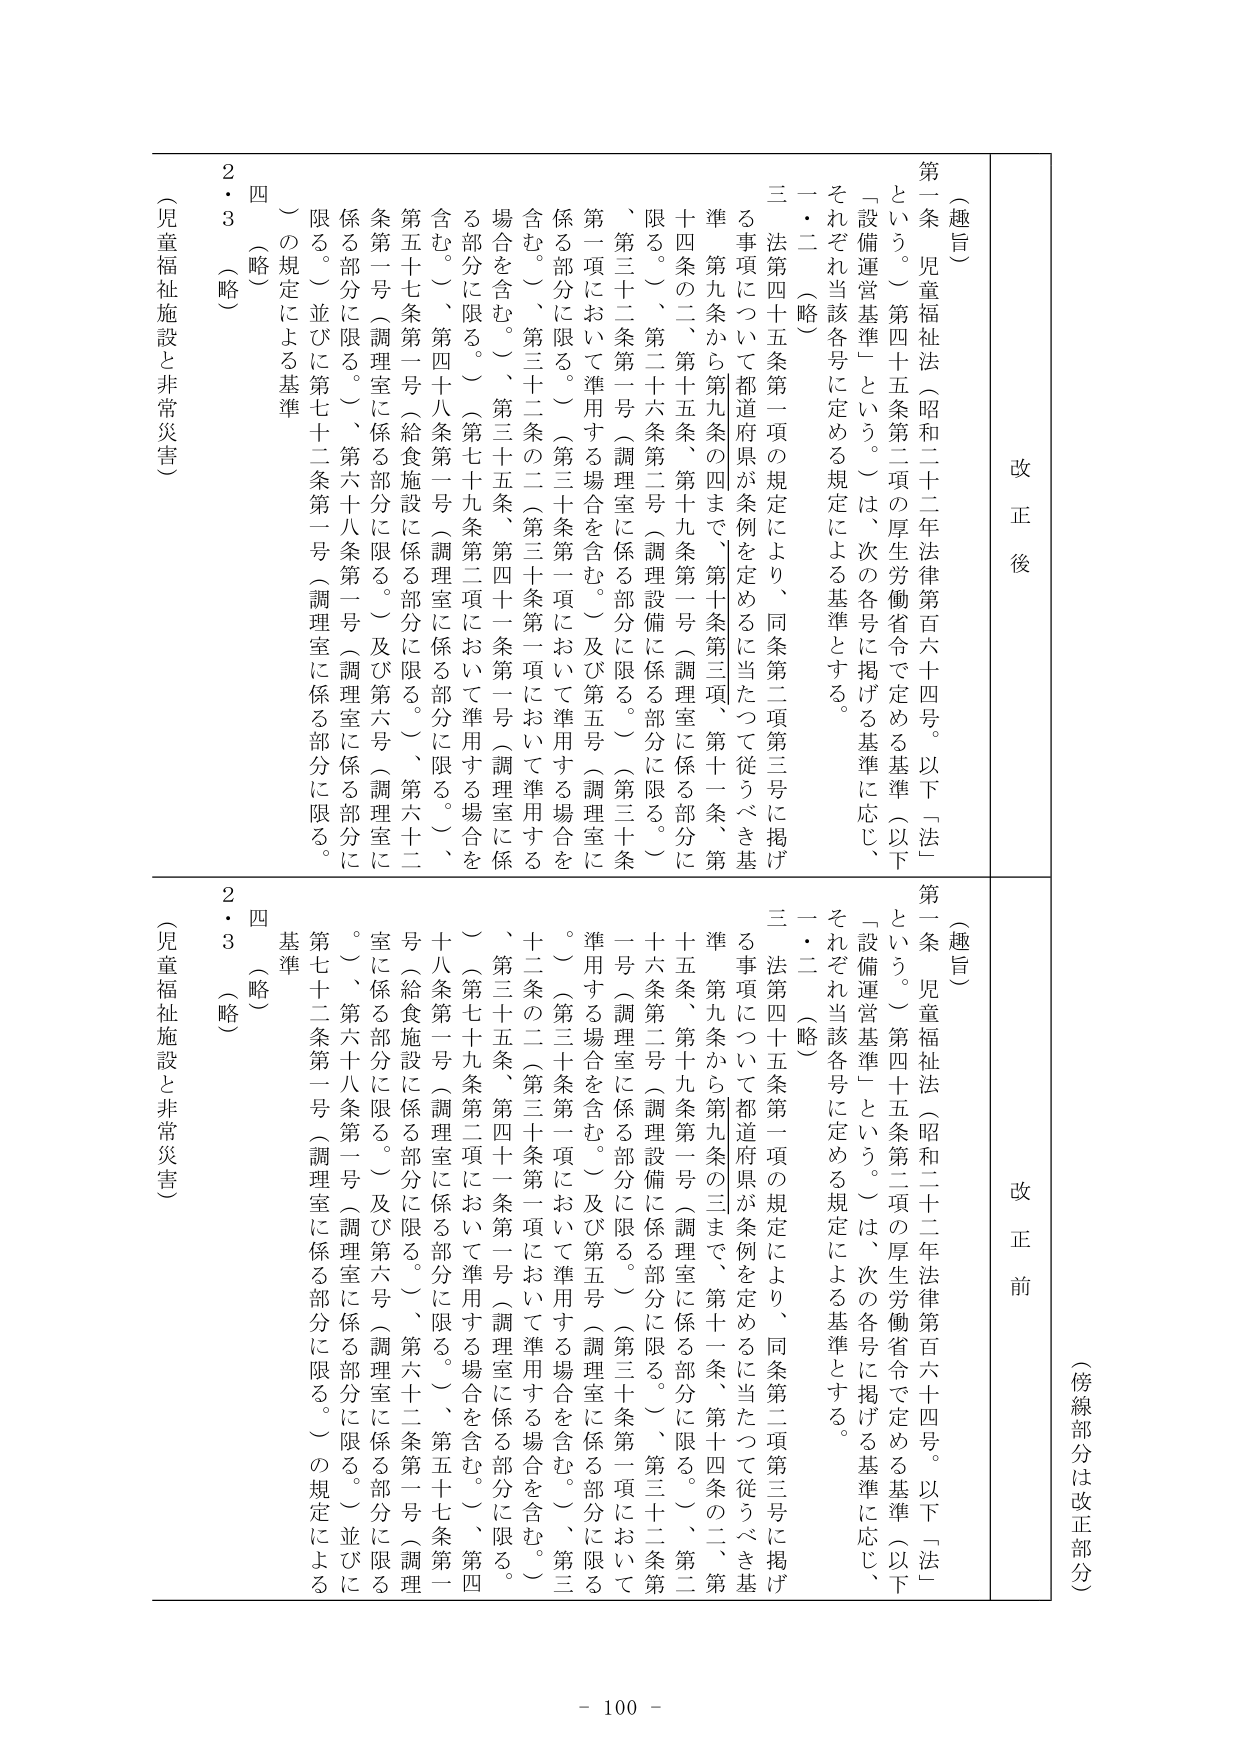
（傍線部分は改正部分）

改正前

（趣旨）
第一条 児童福祉法（昭和二十二年法律第百六十四号。以下「法」という。）第四十五条第二項の厚生労働省令で定める基準（以下「設備運営基準」という。）は、次の各号に掲げる基準に応じ、それぞれ当該各号に定める規定による基準とする。
一・二 （略）
三 法第四十五条第一項の規定により、同条第二項第三号に掲げる事項について都道府県が条例を定めるに当たって従うべき基準 第九条から第九条の四まで、第十条第三項、第十一条、第十四条の二、第十五条、第十九条第一号（調理室に係る部分に限る。）、第二十六条第二号（調理設備に係る部分に限る。）、第三十二条第一号（調理室に係る部分に限る。）（第三十条第一項において準用する場合を含む。）及び第五号（調理室に係る部分に限る。）（第三十条第一項において準用する場合を含む。）、第三十二条の二（第三十条第一項において準用する場合を含む。）、第三十五条、第四十一条第一号（調理室に係る部分に限る。）（第七十九条第二項において準用する場合を含む。）、第四十八条第一号（調理室に係る部分に限る。）、第五十七条第一号（給食施設に係る部分に限る。）、第六十二条第一号（調理室に係る部分に限る。）及び第六号（調理室に係る部分に限る。）、第六十八条第一号（調理室に係る部分に限る。）並びに第七十二条第一号（調理室に係る部分に限る。）の規定による基準
四 （略）
２・３ （略）
（児童福祉施設と非常災害）

改正後

（趣旨）
第一条 児童福祉法（昭和二十二年法律第百六十四号。以下「法」という。）第四十五条第二項の厚生労働省令で定める基準（以下「設備運営基準」という。）は、次の各号に掲げる基準に応じ、それぞれ当該各号に定める規定による基準とする。
一・二 （略）
三 法第四十五条第一項の規定により、同条第二項第三号に掲げる事項について都道府県が条例を定めるに当たって従うべき基準 第九条から第九条の三まで、第十一条、第十四条の二、第十五条、第十九条第一号（調理室に係る部分に限る。）、第二十六条第二号（調理設備に係る部分に限る。）、第三十二条第一号（調理室に係る部分に限る。）（第三十条第一項において準用する場合を含む。）及び第五号（調理室に係る部分に限る。）（第三十条第一項において準用する場合を含む。）、第三十二条の二（第三十条第一項において準用する場合を含む。）、第三十五条、第四十一条第一号（調理室に係る部分に限る。）（第七十九条第二項において準用する場合を含む。）、第四十八条第一号（調理室に係る部分に限る。）、第五十七条第一号（給食施設に係る部分に限る。）、第六十二条第一号（調理室に係る部分に限る。）及び第六号（調理室に係る部分に限る。）、第六十八条第一号（調理室に係る部分に限る。）並びに第七十二条第一号（調理室に係る部分に限る。）の規定による基準
四 （略）
２・３ （略）
（児童福祉施設と非常災害）

- 100 -